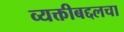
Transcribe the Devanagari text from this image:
व्यक्तीबद्दलचा